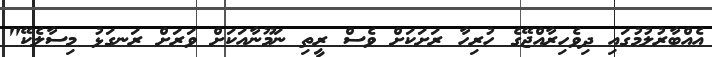
އެއްބާރުލުމުގައި ދިވެހިރާއްޖޭގެ ހުރިހާ ރަށަކަށް ވެސް ރީތި ނަމޫނާއަކަށް ވަރަށް ރަނގަޅު މިސާލެކޭ"